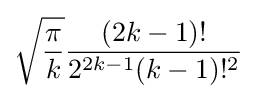
{\sqrt {\frac {\pi }{k}}}{\frac {(2k-1)!}{2^{2k-1}(k-1)!^{2}}}